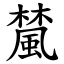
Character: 檒